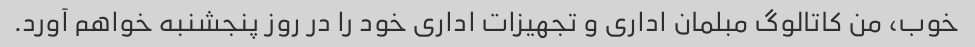
خوب، من کاتالوگ مبلمان اداری و تجهیزات اداری خود را در روز پنجشنبه خواهم آورد.